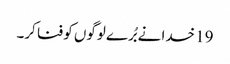
19 خدا نے بُرے لوگوں کو فنا کر۔